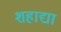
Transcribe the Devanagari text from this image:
शहाद्या